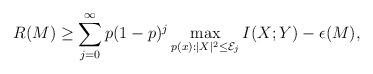
LaTeX: \begin{align*} R(M) \ge \displaystyle\sum\limits_{j = 0}^{\infty} p & (1-p)^j \max_{p(x): |X|^2 \le \mathcal{E}_j} I(X; Y) - \epsilon(M),\end{align*}